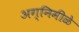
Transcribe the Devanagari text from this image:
अग्निमीळे